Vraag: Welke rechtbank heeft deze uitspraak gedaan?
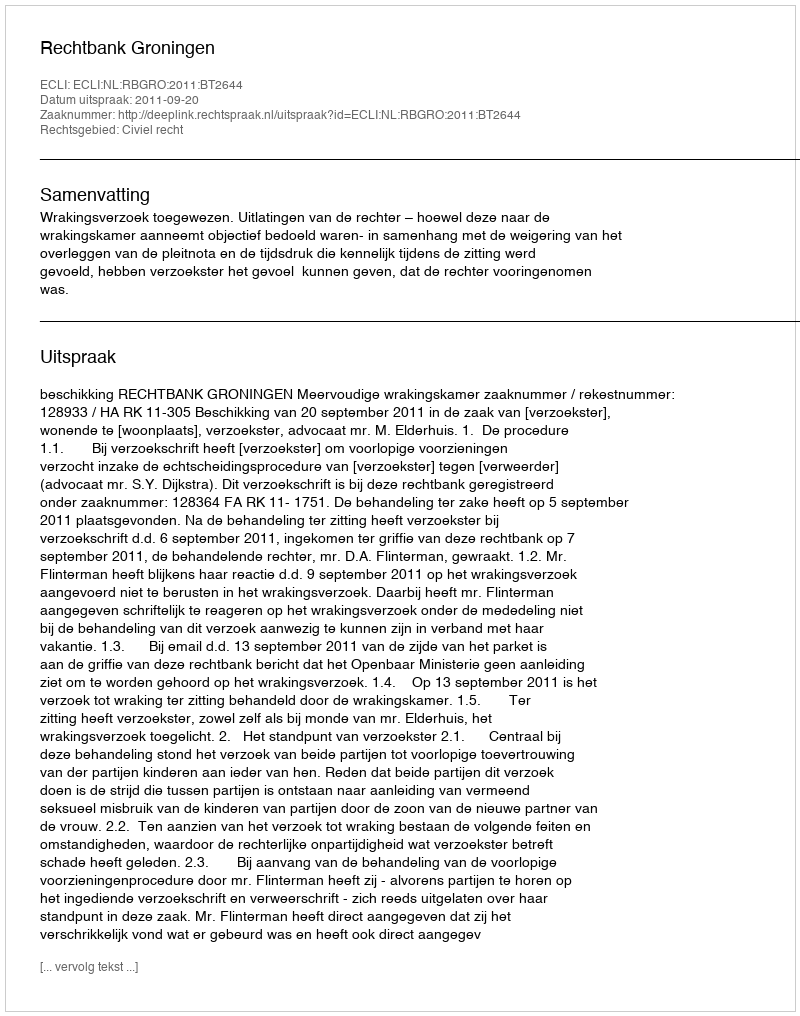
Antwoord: Rechtbank Groningen